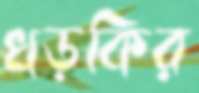
খড়কির